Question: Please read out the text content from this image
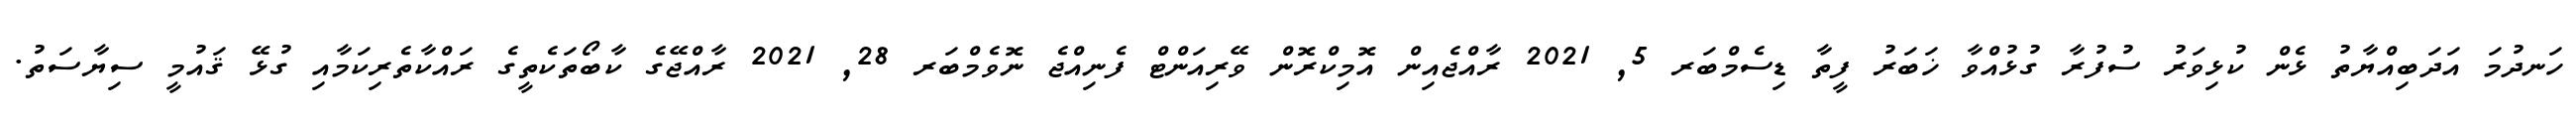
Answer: ހަނދުމަ އަދަބިއްޔާތު ޅެން ކުޅިވަރު ސުފުރާ ގުޅުއްވާ ޚަބަރު ފީތާ ޑިސެމްބަރ 5, 2021 ރާއްޖެއިން އޮމިކްރޮން ވޭރިއަންޓް ފެނިއްޖެ ނޮވެމްބަރ 28, 2021 ރާއްޖޭގެ ކާބޯތަކެތީގެ ރައްކާތެރިކަމާއި ގުޅޭ ޤައުމީ ސިޔާސަތު.